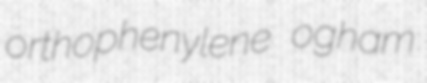
orthophenylene ogham